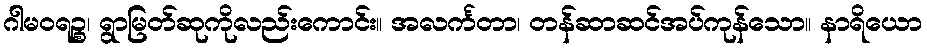
ဂါမဝရဉ္စ၊ ရွာမြတ်ဆုကိုလည်းကောင်း။ အလင်္ကတာ၊ တန်ဆာဆင်အပ်ကုန်သော။ နာရိယော